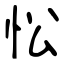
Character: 忪